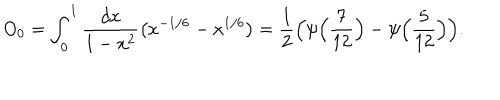
LaTeX: O _ { 0 } = \int _ { 0 } ^ { 1 } { \frac { d x } { 1 - x ^ { 2 } } } \bigl ( x ^ { - 1 / 6 } - x ^ { 1 / 6 } \bigr ) = { \frac { 1 } { 2 } } \Bigl ( \psi \Bigl ( { \frac { 7 } { 1 2 } } \Bigr ) - \psi \Bigl ( { \frac { 5 } { 1 2 } } \Bigr ) \Bigr ) .